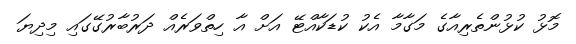
މޮޅު ކުޅުންތެރިއާގެ މަގާމާ އެކު ކުޑަކާއްޓޭ އަށް އާ ހިތްވަރެއް ދަރުބާރުގޭގައި މިދިޔަ